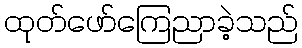
ထုတ်ဖော်ကြေညာခဲ့သည်